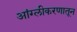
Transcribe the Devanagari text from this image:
आंग्लीकरणातून